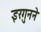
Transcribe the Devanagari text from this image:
इरगुनने